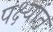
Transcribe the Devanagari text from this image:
पक्ष्यांत